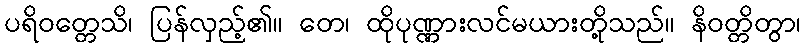
ပရိဝတ္တေသိ၊ ပြန်လှည့်၏။ တေ၊ ထိုပုဏ္ဏားလင်မယားတို့သည်။ နိဝတ္တိတွာ၊